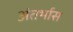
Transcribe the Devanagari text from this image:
अंतर्भास